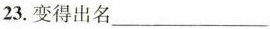
23.变得出名___